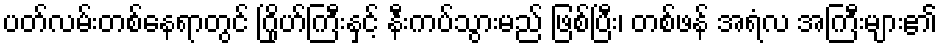
ပတ်လမ်းတစ်နေရာတွင် ဂြိုဟ်ကြီးနှင့် နီးကပ်သွားမည် ဖြစ်ပြီး၊ တစ်ဖန် အရံလ အကြီးများ၏